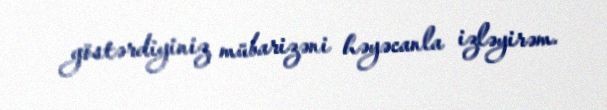
göstərdiyiniz mübarizəni həyəcanla izləyirəm.